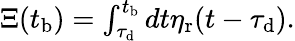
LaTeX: \begin{array}{r}{\Xi(t_{\mathrm{b}})=\int_{\tau_{\mathrm{d}}}^{t_{\mathrm{b}}}dt\eta_{\mathrm{r}}(t-\tau_{\mathrm{d}}).}\end{array}